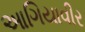
આગિયાવીર